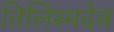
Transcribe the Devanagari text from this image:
तिलिस्मदेव